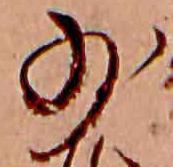
少